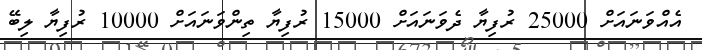
އެއްވަނައަށް 25000 ރުފިޔާ ދެވަނައަށް 15000 ރުފިޔާ ތިންވަނައަށް 10000 ރުފިޔާ ލިބޭ